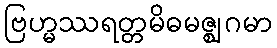
ဗြဟ္မဿရတ္တမိဓမဇ္ဈဂမာ